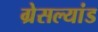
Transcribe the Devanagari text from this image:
ग्रेसल्यांड